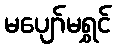
မပျော်မရွှင်